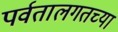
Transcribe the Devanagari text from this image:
पर्वतालगतच्या